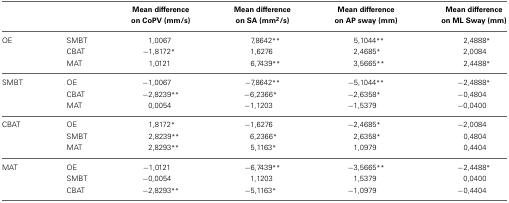
|  |  | Mean difference on CoPV (mm/s) | Mean difference on SA (mm2/s) | Mean difference on AP sway (mm) | Mean difference on ML Sway (mm) |
 | --- | --- | --- | --- | --- | --- |
 | OE | SMBT | 1,0067 | 7,8642** | 5,1044** | 2,4888* |
 |  | CBAT | −1,8172* | 1,6276 | 2,4685* | 2,0084 |
 |  | MAT | 1,0121 | 6,7439** | 3,5665** | 2,4488* |
 | SMBT | OE | −1,0067 | −7,8642** | −5,1044** | −2,4888* |
 |  | CBAT | −2,8239** | −6,2366* | −2,6358* | −0,4804 |
 |  | MAT | 0,0054 | −1,1203 | −1,5379 | −0,0400 |
 | CBAT | OE | 1,8172* | −1,6276 | −2,4685* | −2,0084 |
 |  | SMBT | 2,8239** | 6,2366* | 2,6358* | 0,4804 |
 |  | MAT | 2,8293** | 5,1163* | 1,0979 | 0,4404 |
 | MAT | OE | −1,0121 | −6,7439** | −3,5665** | −2,4488* |
 |  | SMBT | −0,0054 | 1,1203 | 1,5379 | 0,0400 |
 |  | CBAT | −2,8293** | −5,1163* | −1,0979 | −0,4404 |